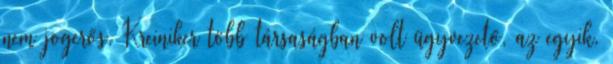
nem jogerős. Kreiniker több társaságban volt ügyvezető, az egyik,